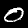
Digit: 0